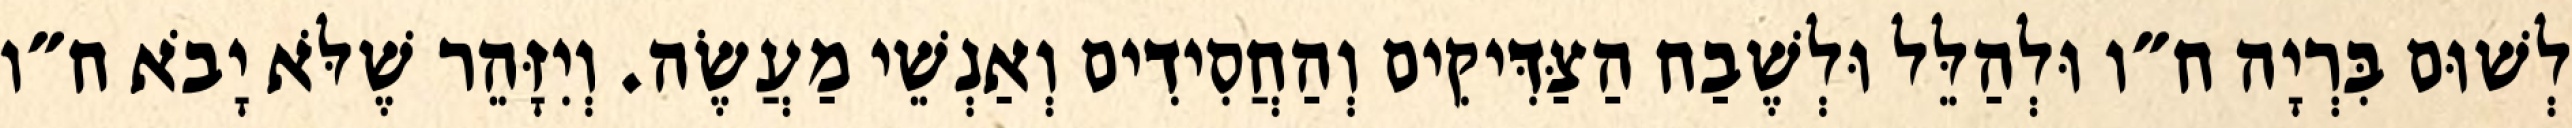
לְשׁוּם בִּרְיָה ח״ו וּלְהַלֵּל וּלְשֶׁבַח הַצַּדִּיקִים וְהַחֲסִידִים וְאַנְשֵׁי מַעֲשֶׂה. וְיִזָּהֵר שֶׁלֹּא יָבֹא ח״ו